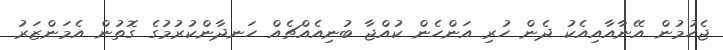
ޖެހުމުން އޭނާއާއިއެކު ދެން ހުރި އަންހެން ކުއްޖާ ބުނިއެއްޗެއް ހަނދާންކުރުމުގެ ގޮތުން އެމަންޒަރު